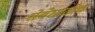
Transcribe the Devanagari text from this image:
सेवेसाठीच